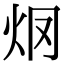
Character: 𤆳